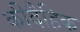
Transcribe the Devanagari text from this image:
कीदैहिक